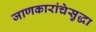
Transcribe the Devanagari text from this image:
जाणकारांचेसुद्धा